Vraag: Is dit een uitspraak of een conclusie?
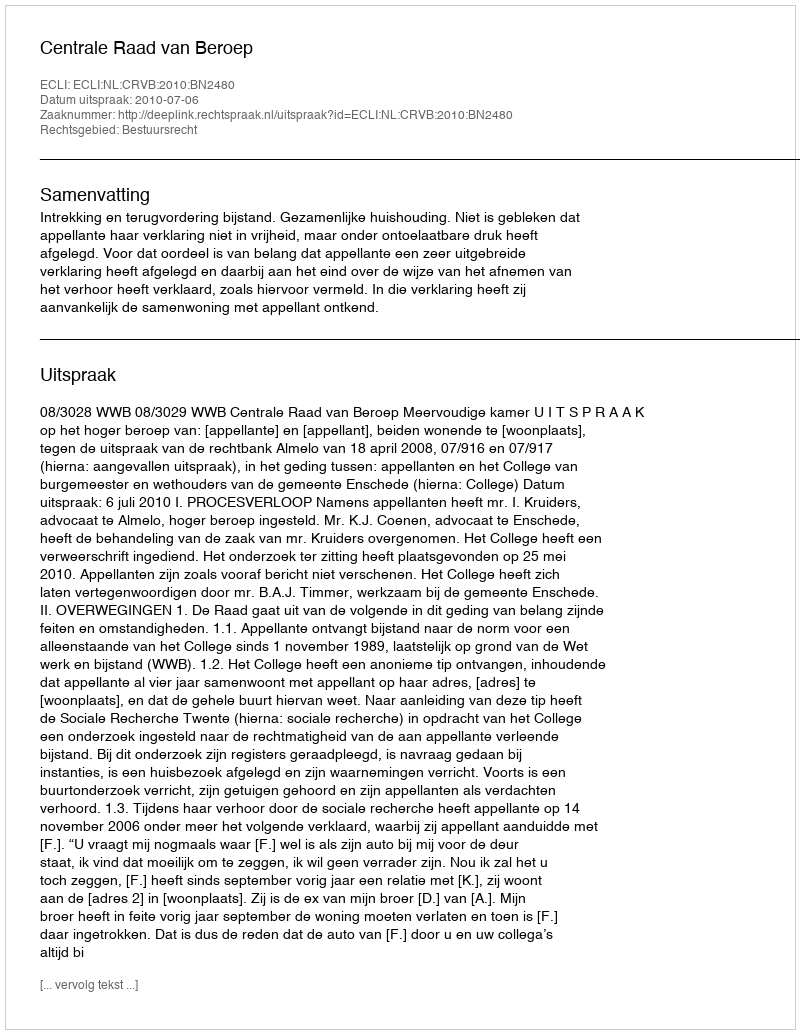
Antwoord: Uitspraak